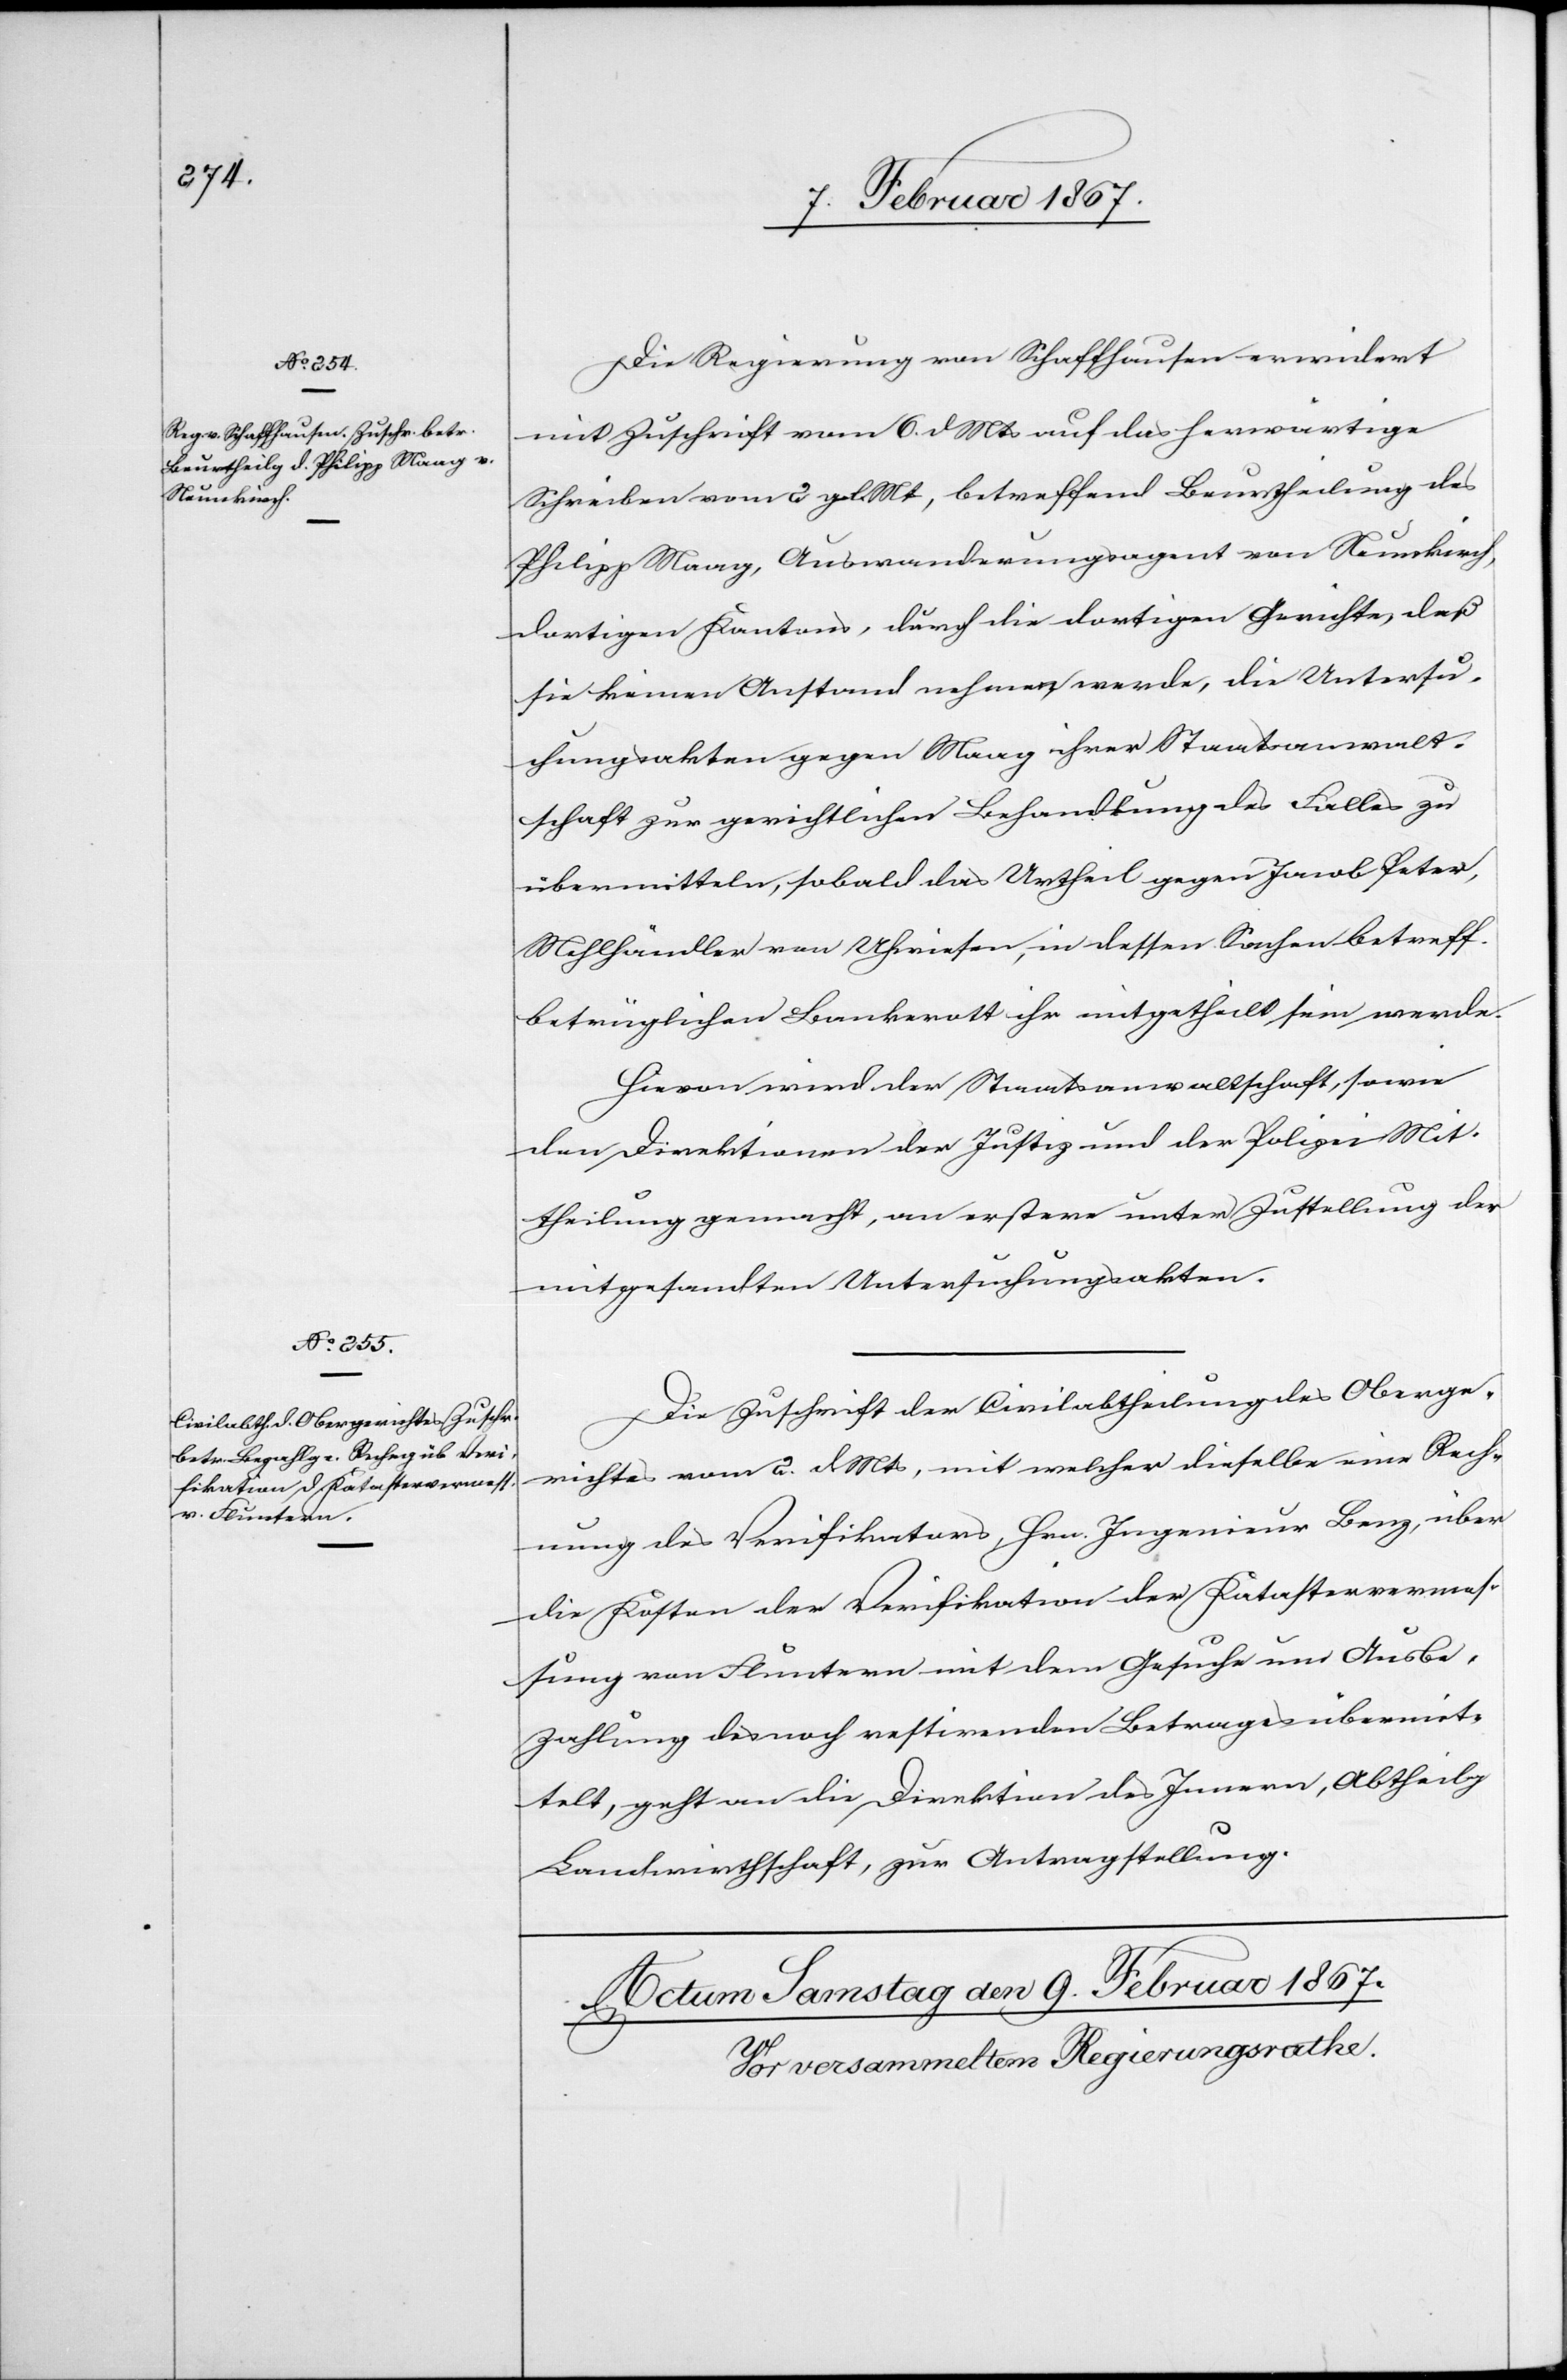
8. Februar 1867.]
Die Regierung von Schaffhausen erwidert
mit Zuschrift vom 6. d. Mts auf das herwärtige
Schreiben vom 2 gl. Mt[s], betreffend Beurtheilung des
Philipp Maag, Auswanderungsagent von Neunkirch,
dortigen Kantons, durch die dortigen Gerichte, daß
sie keinen Anstand nehmen werde, die Untersu¬
chungsakten gegen Maag ihrer Staatsanwalt¬
schaft zur gerichtlichen Behandlung des Falles zu
übermitteln, sobald das Urtheil gegen Jacob Peter,
Mehlhändler von Uhwiesen, in dessen Sachen betreff.
betrüglichen Bankerott ihr mitgetheilt sein werde.
Hievon wird der Staatsanwaltschaft, sowie
den Direktionen der Justiz und der Polizei Mit¬
theilung gemacht, an erstere unter Zustellung der
mitgesandten Untersuchungsakten.
Die Zuschrift der Civilabtheilung des Oberge¬
richtes vom 2. d. Mts, mit welcher dieselbe eine Rech¬
nung des Verifikators, Hrn. Ingenieur Benz, über
die Kosten der Verifikation der Katastervermes¬
sung von Fluntern mit dem Gesuche um Ausbe¬
zahlung des noch restirenden Betrages übermit¬
telt, geht an die Direktion des Innern, Abtheilg
Landwirthschaft, zur Antragstellung.